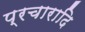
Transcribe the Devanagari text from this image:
प्रचारादि